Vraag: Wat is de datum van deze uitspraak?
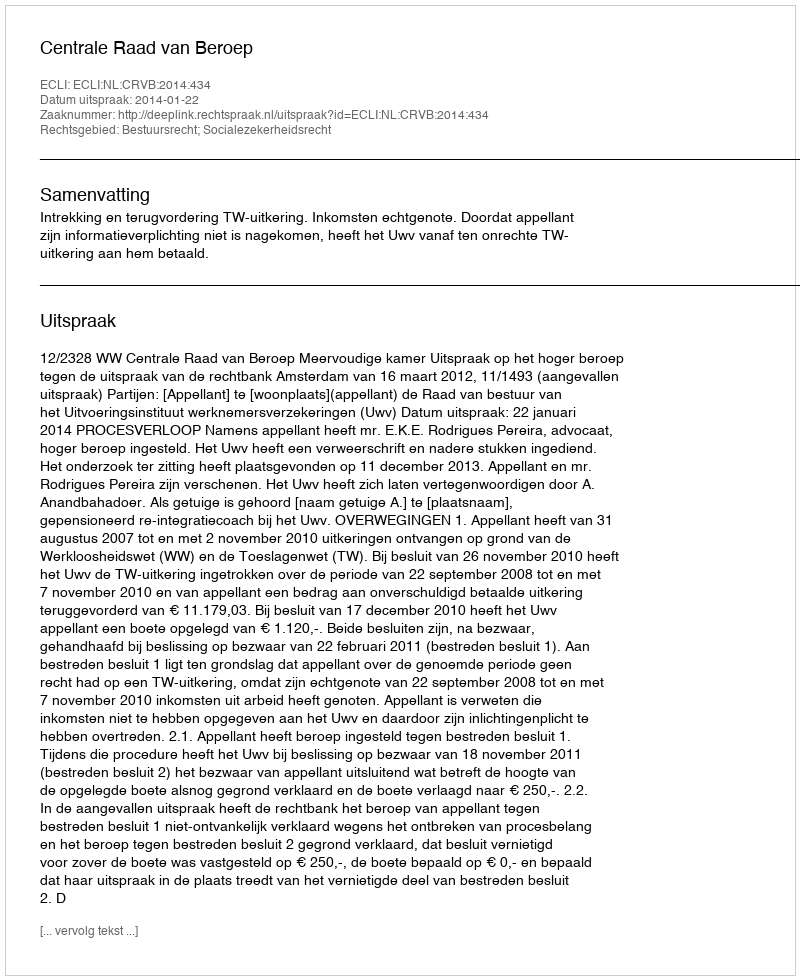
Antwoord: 2014-01-22